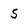
Character: 5